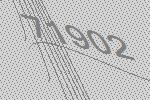
71902